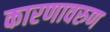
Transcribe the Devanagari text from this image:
कारणावरुण